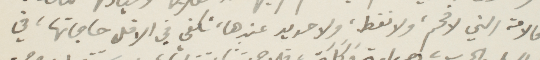
فالامة التي لا فحم، ولا نفط، ولا حديد عندها، تكفي في الاقل حاجتها، في